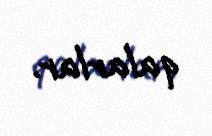
qalarlar.